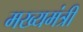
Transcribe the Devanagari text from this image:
मख्यमंत्री